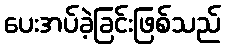
ပေးအပ်ခဲ့ခြင်းဖြစ်သည်